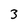
Character: 3